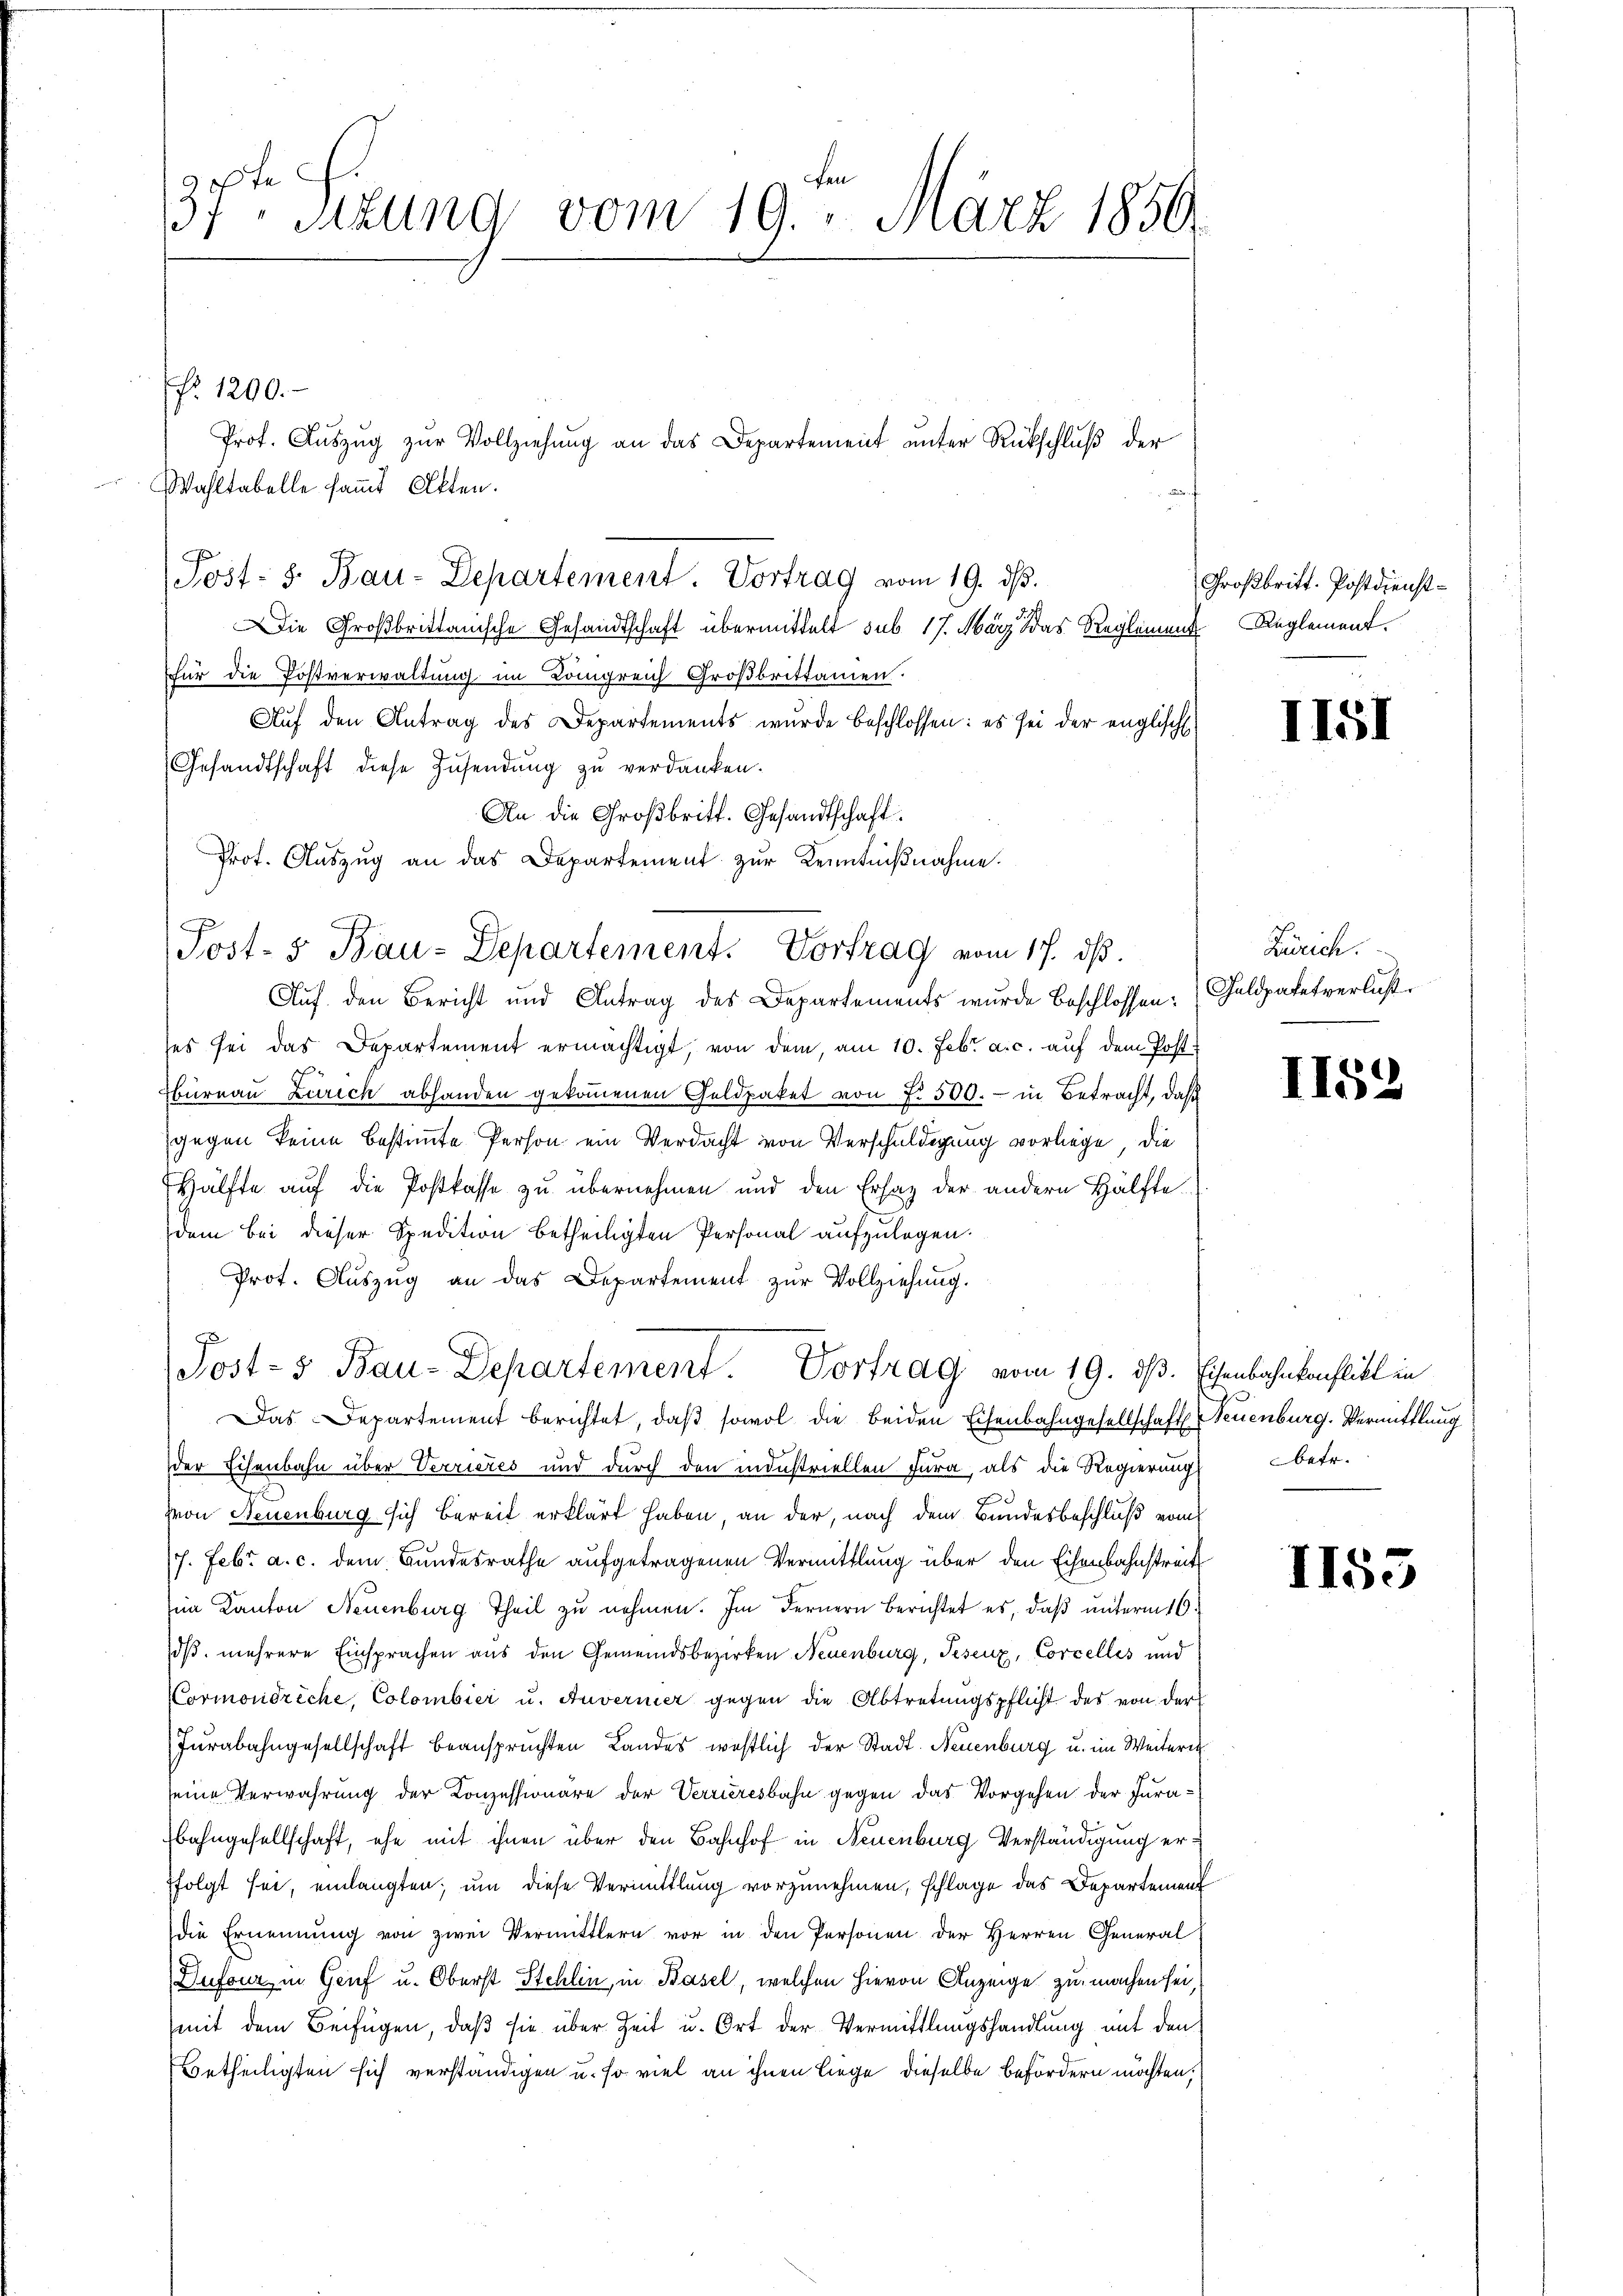
37ten Sizung vom 19. März 1850.

Wahltabelle sam̅t Akten.
Post- 8. Bau-Departement. Vortrag vom 19. ds.
Die Großbrittanische Gesandtschaft übermittelt sub. 17. März das Reglement Reglement.
für die Postverwaltung im Königreich Großbrittamen.
Auf den Antrag des Departements wurde beschlossen: es sei der englisch
Gesandtschaft diese Zusendung zu verdanken.
An die Großbritt. Gesandtschaft
Prot. Auszug an das Departement zur Kenntnißnahme.
Auf den Bericht und Antrag des Departements wurde Beschlossen: Geldpatetverlust
ses sei das Departement ermächtigt, von dem, am 10. Febr. a. c. aŭf dem Post-
Büreau Zürich abhanden gekoṁenen Geldpaket von f. 500.- in Betracht, daß
gegen keine bestimmte Person ein Verdacht von Verschuldigung vorliege, die
Hälfte auf die Postkasse zu übernehmen und den Ersatz der andern Hälfte
dem bei dieser Spedition betheiligten Personal aufzulegen.
Prot. Aŭszŭg an das Departement zŭr Vollziehung.
Post- 5 Bau-Departement. Vortrag vom 19. dß. Eisenbahnkonflikt in
Das Departement berichtet, daß sowol die beiden Eisenbahngesellschaft Neuenburg. Vermittlung
der Eisenbahn über Verrieres und durch den industriellen Jura, als die Regierung betr.
von Neuenburg sich bereit erklärt haben, an der, nach dem Bundesbeschluß vom
/7. Febr. a. c. dem Bundesrathe aufgetragenen Vermittlung über den Eisenbahnstreit
im Kanton Neuenburg Theil zŭ nehmen. Im Fernern Berichtet es, daβ ŭnterm 16.
dß. mehrere Einsprachen aus den Gemeindsbezirken Neuenburg, Tesenz, Corcelles und
Cormondreche, Colombier u. Anverner gegen die Abtretŭngspflicht des von der
Jurabahngesellschaft beansprüchten Landes westlich der Stadt. Neuenburg u. im Weiteres
seine Verwahrung der Konzessionäre der Verrieresbahn gegen das Vorgehen der Jurabahngesellschaft, ehe mit ihnen über den Bahnhof in Neuenburg Verständigung erfolgt sei, einlangten, um diese Vermittlung vorzunehmen, schlage das Departement
die Ernennung von zwei Vermittlern vor in den Personen der Herren General
Dufour in Genf u. Oberst Stehlin, in Basel, welchen hievon Anzeige zu machen sei,
(mit dem Beifügen, daß sie über Zeit u. Ort der Vermittlungshandlung mit den
Betheiligten sich verständigen u. so viel an ihnen liege dieselbe befördern möchten,

f. 1200.-

Prof. Aŭszŭg zŭr Vollziehŭng an das Departement ŭnter Rückschlŭβ der

Post- 5. Bau-Departement. Vortrag vom 17. ds.

Großbritt. Postdienst¬

II51

Zürich.

II53

1155